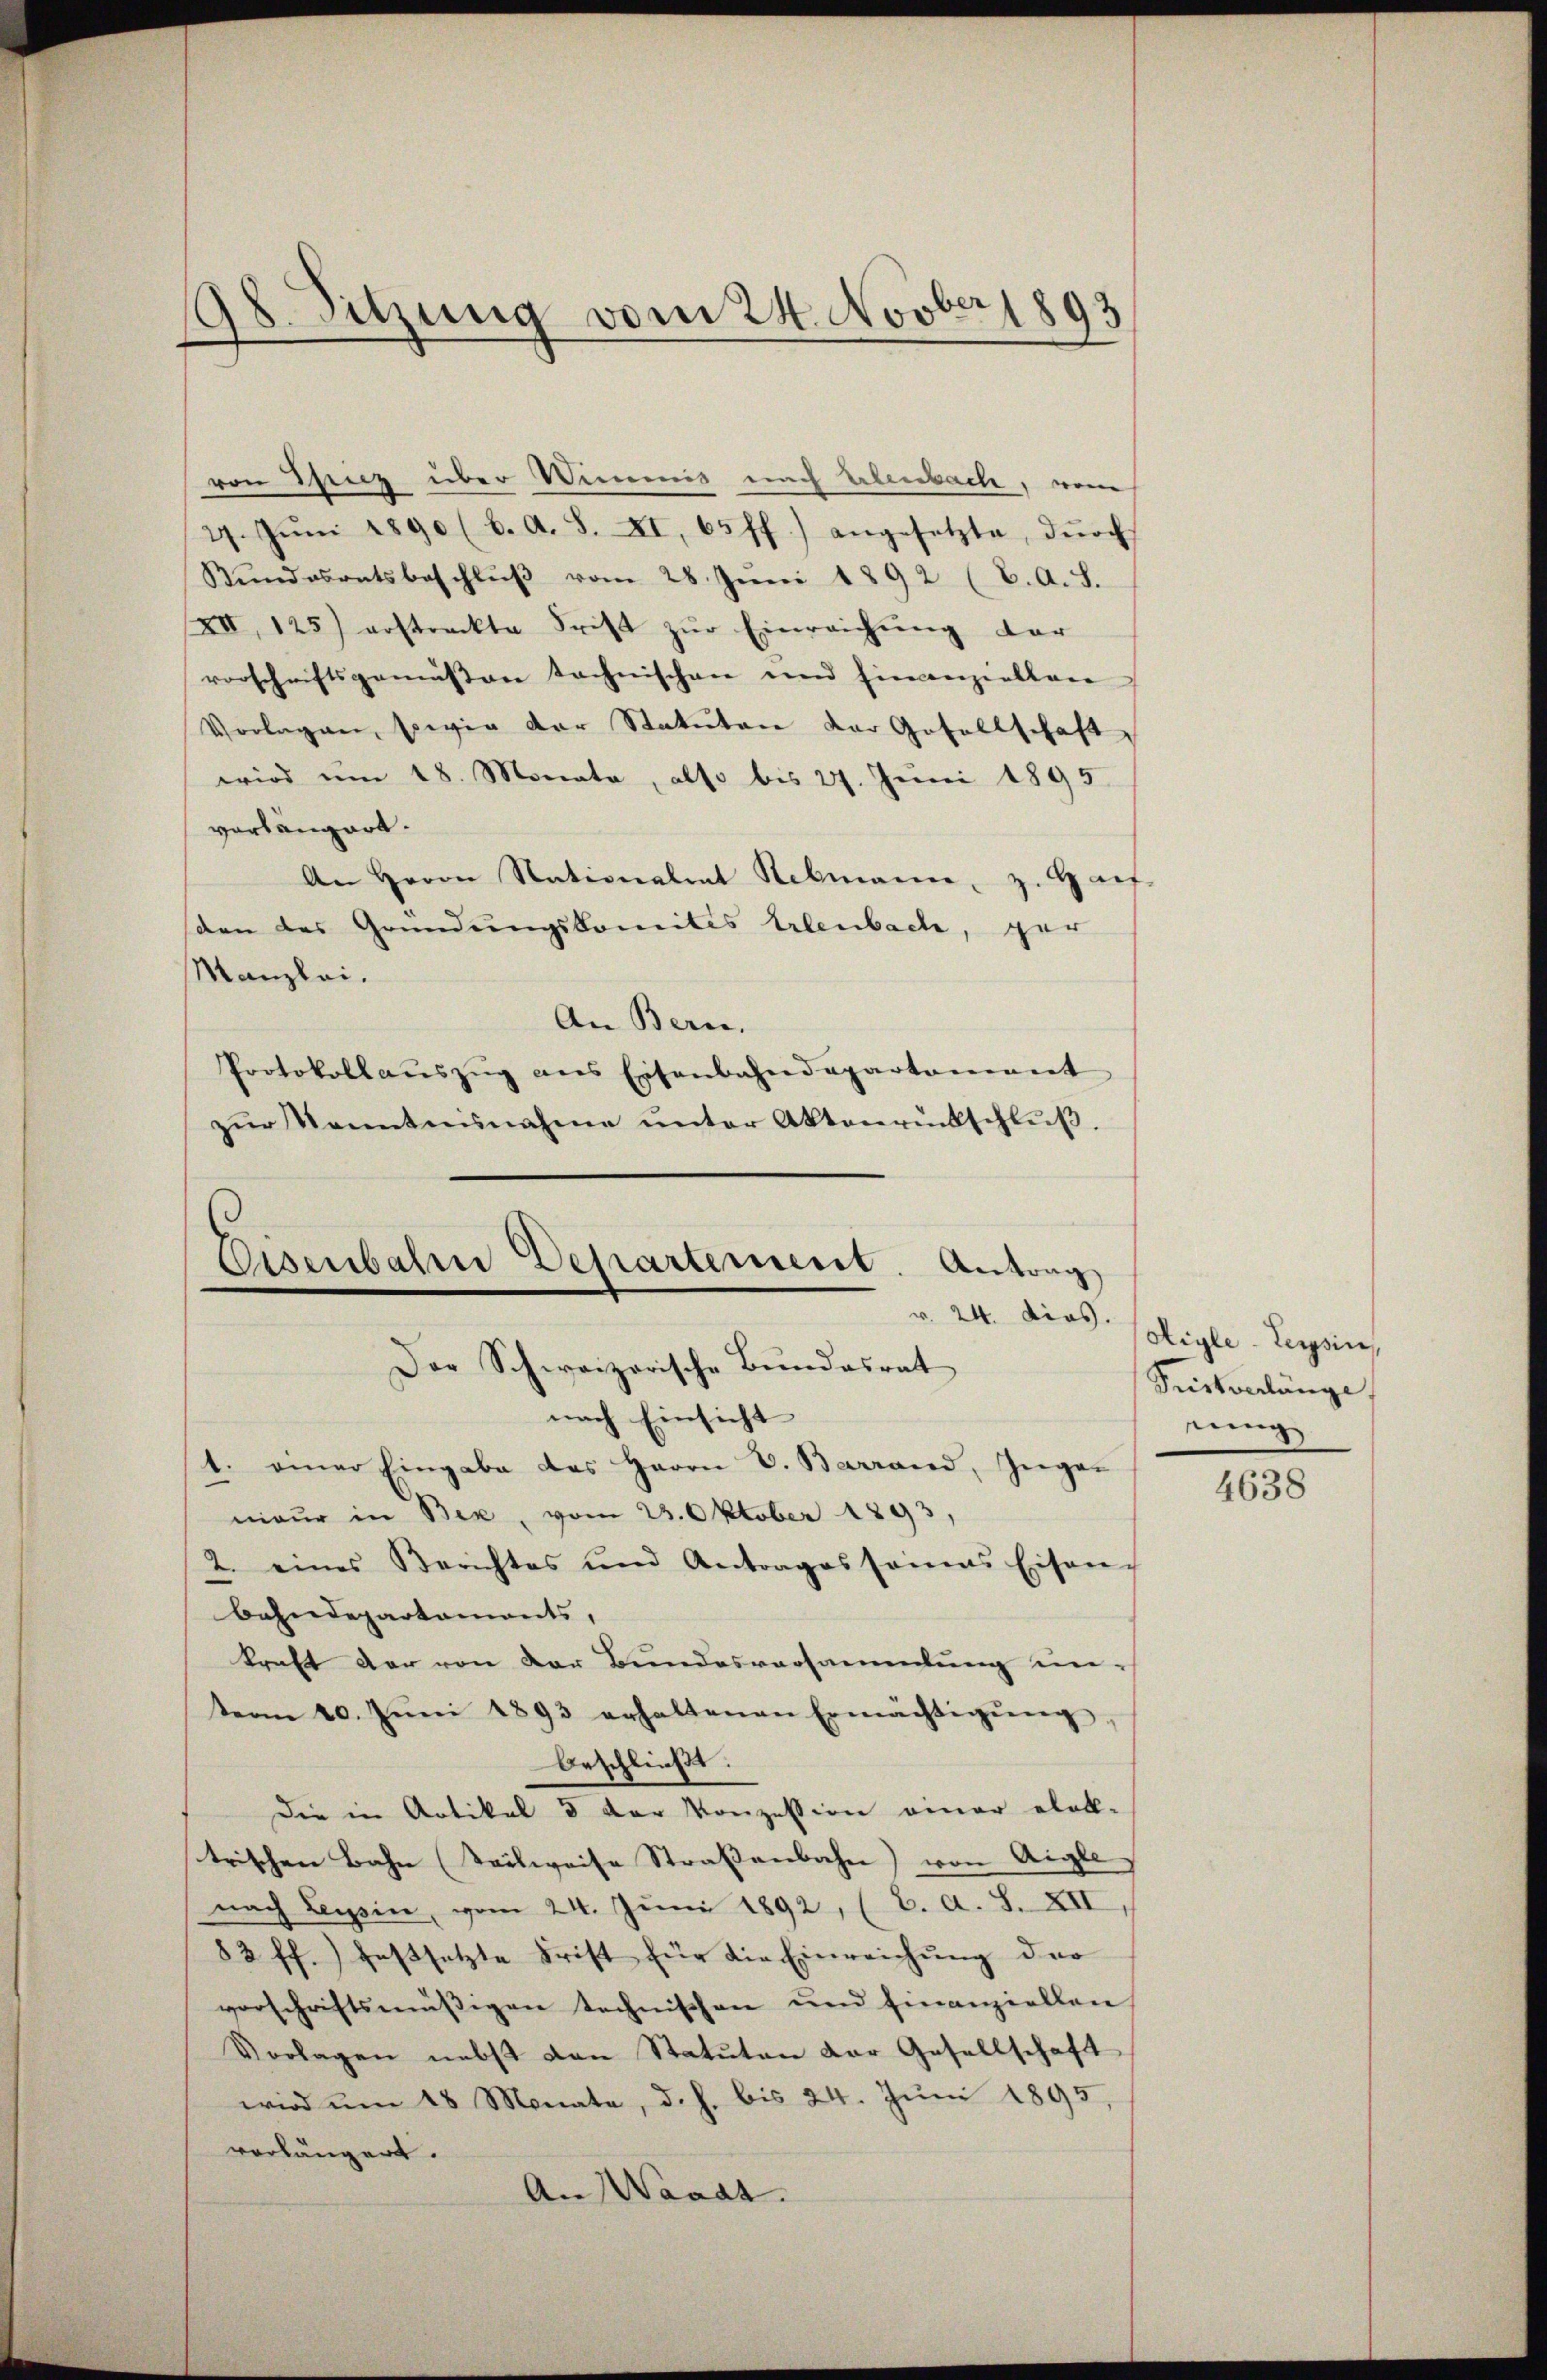
98. Sitzung vom 24. Novber 1893

von Spiez über Wimmis nach Erlenbach, von
27. Jŭni 1890 (b. A. S. XI, 65 ff.) angesetzte, dŭrch
Kŭndesratsbeschlŭβ vom 28. Juni 1892 (C. A. S.
XII, 125) erstreckte Frist zŭr Einreichung der
vorschriftsgemäßen technischen und Eincanziellen
Vorlagen, sowie der Statuten der Gesellschaft
wird um 18. Monata, also bis 27. Juni 1895.
verlangert.
An Herrn Nationalrat Rebmann, z. Haf-
sden des Gründungskomites Erlenbach, ger
Manzlei.
An Bern,
Protokollaŭszŭg ans Eisenbahndepartenannt
zŭr Kenntnisnahme ŭnter Aktenrückschlŭβ.

Eisenbahre Departement. Antrag
v. 24. dies.
Der Schweizerische Bundesrat

nach Einsicht
1. einer Eingabe des Herrn V. Barrand, Gegen
nieur in Bex, vom 23. Oktober 1893,
2. eines Berichtes und Antrages seines Eisen-
bahndepartemonts,
kraft der von der Bundesversammlung unterm 10. Jŭni 1893 erhaltenen Ermächtigŭng,
beschließt:
Die in Artikel 3 der Konzession einer etall-
trischen Bahn (Teilweise Straßenbahn von Aigle
nach Tessin, vom 24. Juni 1892, (2. A. S. XII,
82 ff.) festsetzte Frist für die Einreichŭng der
vorschriftsmäβigen technischen und finanziellen
Vorlagen nebst den Statuten der Gesellschaft
wird um 18 Monate, d. h. bis 24. Juni 1895,
vorlängert.
An Waadt.

Aigle - Leysin,
Tückverlänge.
nung

4638